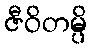
ဇီဝိတမ္ပိ